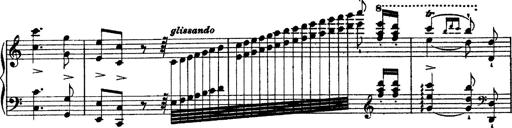
Title: Grandes Ã©tudes de Paganini
Composer: Franz Liszt